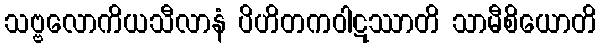
သဗ္ဗလောကိယသီလာနံ ပိဟိတကဝါဋဿာတိ သာမီစိယောတိ